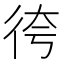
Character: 𢓢